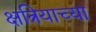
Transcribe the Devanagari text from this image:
क्षत्रियाच्या